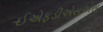
ઈએફડીએસએસ